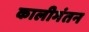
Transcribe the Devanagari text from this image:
कालीमंतन